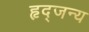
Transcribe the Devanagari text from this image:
हृद्जन्‍य